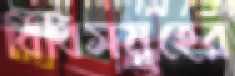
বিধিসমূহের